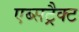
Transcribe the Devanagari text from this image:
एब्सट्रैक्ट